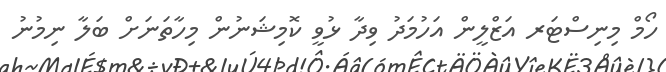
ހޯމް މިނިސްޓަރ އަޒްލީން އަހުމަދު ވިދާ ޅުވީ ކޮމިޝަނުން މިހާތަނަށް ބަލާ ނިމުނު